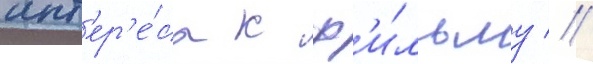
инт'ер'е́са к ф'и́льму //